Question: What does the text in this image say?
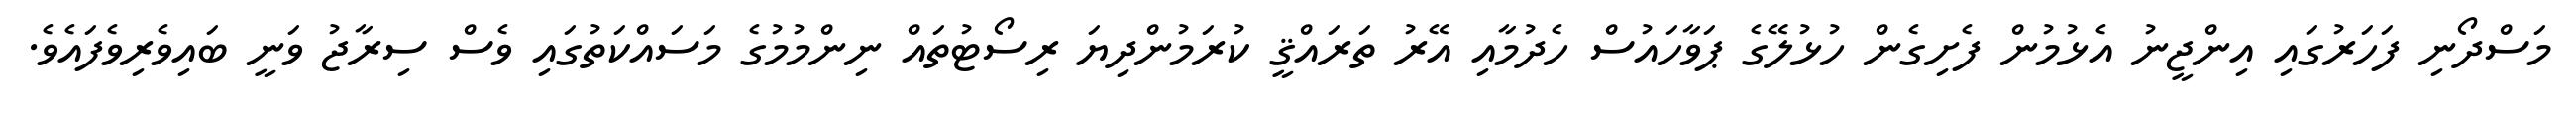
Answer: މަސްދޯނި ފަހަރުގައި އިންޖީނު އެޅުމުން ފެށިގެން ހުޅުލޭގެ ޕަވާހައުސް ހެދުމާއި އޭރު ތަރައްޤީ ކުރަމުންދިޔަ ރިސޯޓުތައް ނިންމުމުގެ މަސައްކަތުގައި ވެސް ސިރާޖު ވަނީ ބައިވެރިވެފައެވެ.